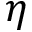
\eta